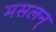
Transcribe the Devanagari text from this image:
मसलन्